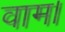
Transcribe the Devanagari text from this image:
वाम।